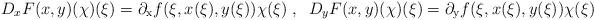
LaTeX: \begin{align*} D_xF(x,y)(\chi)(\xi)=\partial_{\mathrm{x}}f(\xi, x(\xi), y(\xi))\chi(\xi)\;,\;\; D_yF(x,y)(\chi)(\xi)=\partial_{\mathrm{y}}f(\xi, x(\xi), y(\xi))\chi(\xi) \end{align*}